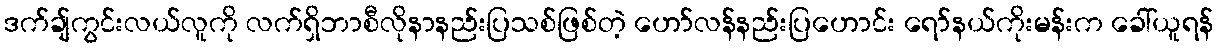
ဒက်ချ်ကွင်းလယ်လူကို လက်ရှိဘာစီလိုနာနည်းပြသစ်ဖြစ်တဲ့ ဟော်လန်နည်းပြဟောင်း ရော်နယ်ကိုးမန်းက ခေါ်ယူရန်